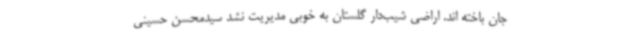
جان باخته اند. اراضی شیب‌دار گلستان به خوبی مدیریت نشد سیدمحسن حسینی